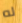
له